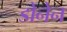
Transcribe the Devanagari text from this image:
डोनेन